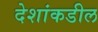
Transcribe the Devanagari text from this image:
देशांकडील